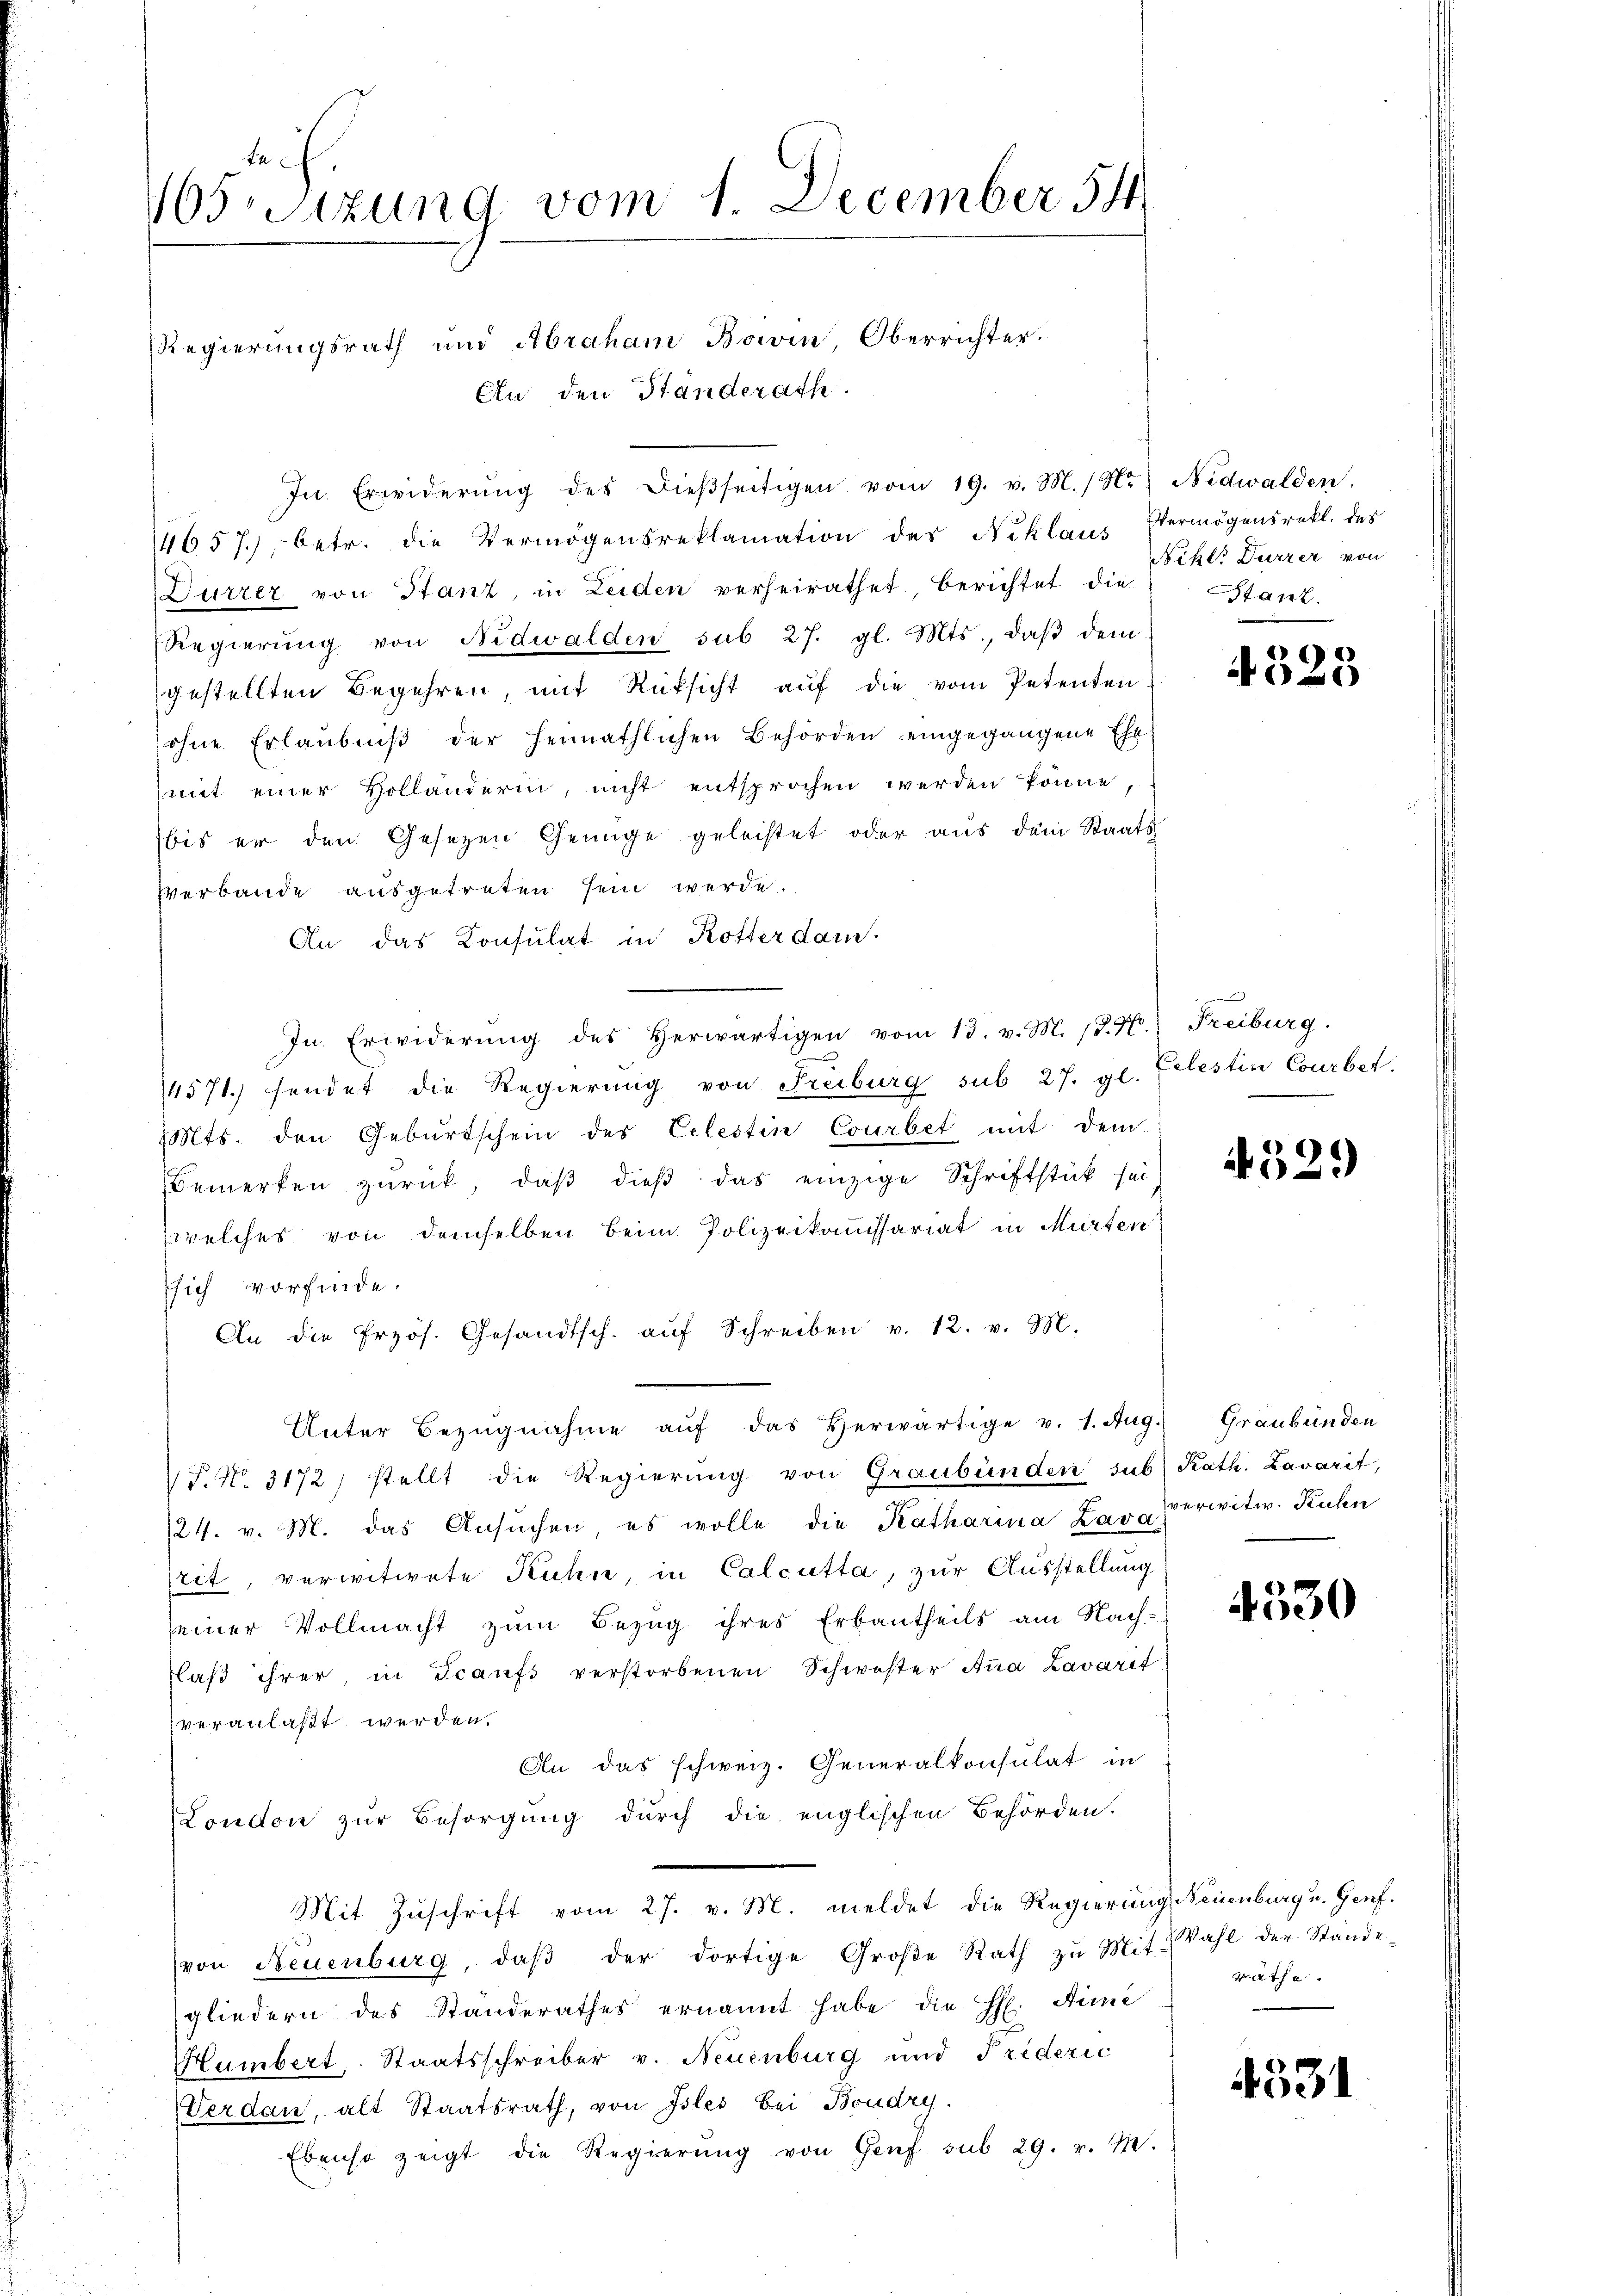
En c
ssizung vom 1. December 54
Regierungsrath und Abraham Boivin Oberrichter.

In Erwiderŭng des dieβseitigen vom 19. v. M. N. Nidwalden.

An den Standerath.

14657), betr. die Vermögensreklamation des Niklaus Vermögensrekt. des
Durzer von Stanz, in Leiden verheirathet, berichtet die
Regierŭng von Nidwalden sub 27. gl. Mts., daβ dem
gestellten Begehren, mit Rüksicht aŭf die vom Petenten
ohne Erlaubniβ der Heimathlichen Behörden eingegangene Ehe-
mit einer Holländerin, nicht entsprochen werden könne,
bis er den Gesetzen Genüge geleistet oder aŭs dem Staats-
Verbande ausgetreten sein werde.
An das Consulat in Rotter dam
In Erwiderŭng des herwärtigen vom 13. v. M. (T. K. Freiburg.
4571. sendet die Regierung von Freiburg sub 27. gl. Celestin Courbet.
Mts. den Gebŭrtschein des Celestin Courbet mit dem
Bemerken zŭrück, daβ dieβ das einzige Schriftstück sei
welches von demselben beim Polizeikommissariat in Murten
ssich vorfinde.
An die frzös. Gesandtsch. aŭf Schreiben v. 12. v. M.
Unter Bezŭgnahme aŭf das herwärtige v. 1. Aŭg.) Graubünden
T. No. 3172) stellt die Regierŭng von Graubünden sub. Kath. Lavarit,
124. v. M. das Ansŭchen, es wolle die Katharina Bara verwitw. Kuhn
rit, verwitwete Kuhn, in Calcutta, zur Ausstellung
seiner Vollmacht zum Bezug ihres Erbantheils am Nach-
laβ ihrer, in Scanfs verstorbenen Schwester Anna Lavarit
veranlaßt werden.
An das schweiz. Generalkonsulat in
London zur Besorgung durch die englischen Behörden.
Mit Zŭschrift vom 27. v. M. meldet die Regierung Neuenburg u. Genf.
von Neuenburg, daβ der dortige Groβe Rath zŭ Mit Wahl der Stände-
gliedern des Standerathes ernannt habe die H. Sime
Humbert. Staatsschreiber v. Neuenburg und Frideric
Verdan, alt Staatsrath, von Isles bei Boudry.
Ebenso zeigt die Regierŭng von Genf sub 29. v. M.

Niklr Dürzer von
Stanz.

4523

4529

4530

räthe.

4531